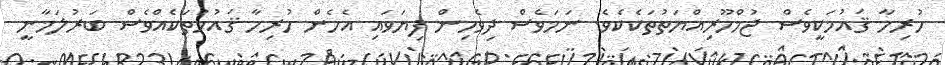
ހުރިހާ ޤައުމަކީވެސް ޖުމްހޫރިއްޔަތުތަކެކެވެ. ނަމަވެސް ދިވެހިން ފިޔަވައި އެހެން ހުރިހާ ޤައުމުތަކެއްވެސް ބަރުލަމާނީ